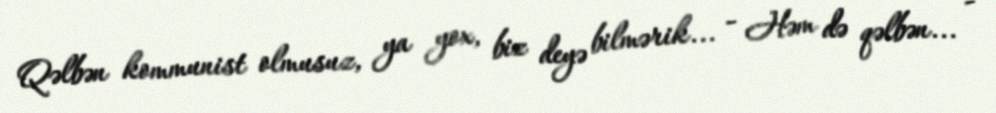
Qəlbən kommunist olmusuz, ya yox, biz deyə bilmərik... - Həm də qəlbən... -